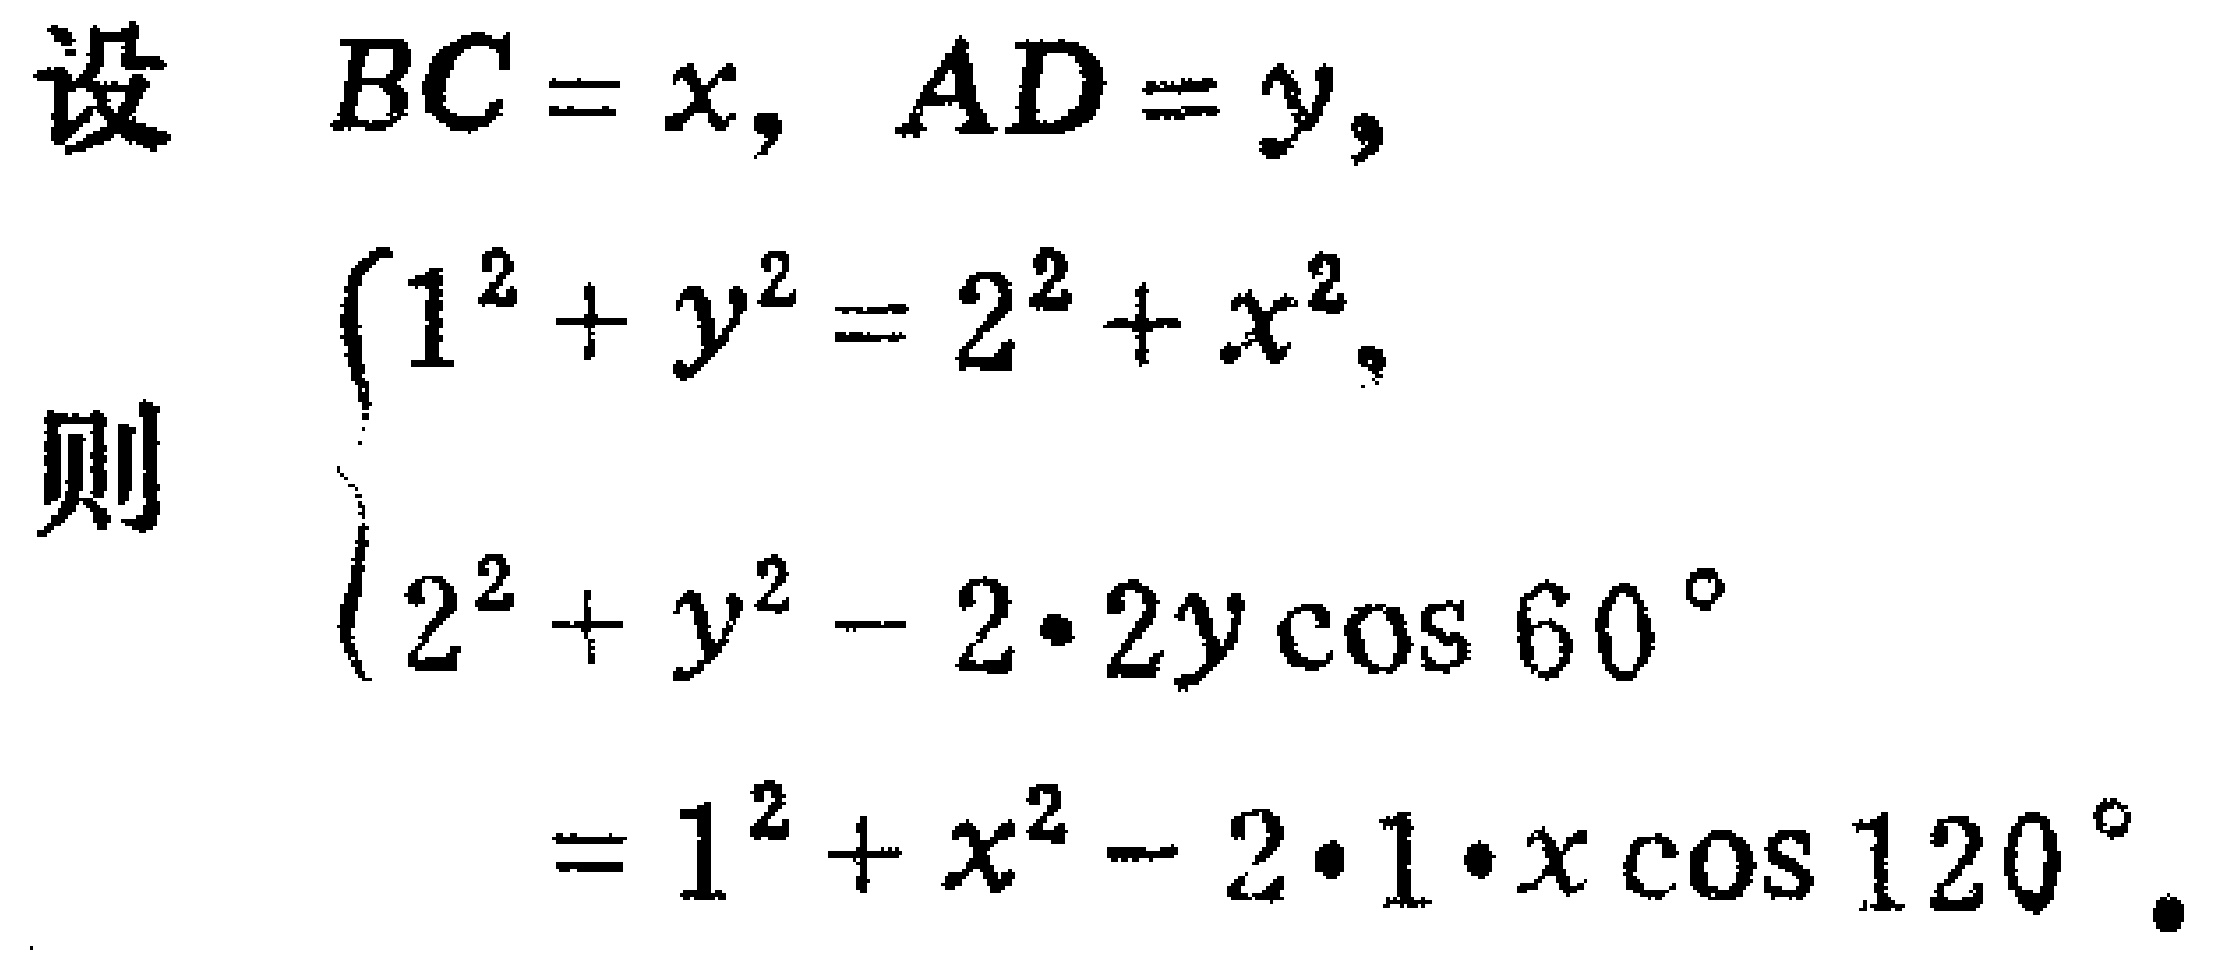
设 \(BC = x, AD = y\)，
则 \(\begin{cases}
1^{2}+y^{2}=2^{2}+x^{2},\\
2^{2}+y^{2}-2\cdot2y\cos 60^{\circ}\\
=1^{2}+x^{2}-2\cdot1\cdot x\cos 120^{\circ}.
\end{cases}\)